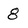
Character: 8